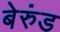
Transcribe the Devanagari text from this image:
बेरुंड